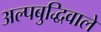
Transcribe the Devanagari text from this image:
अल्पबुद्धिवाले